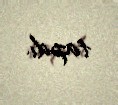
tapdı.